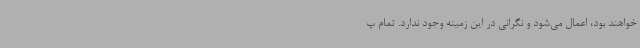
خواهند بود، اعمال می‌شود و نگرانی در این زمینه وجود ندارد. تمام پ